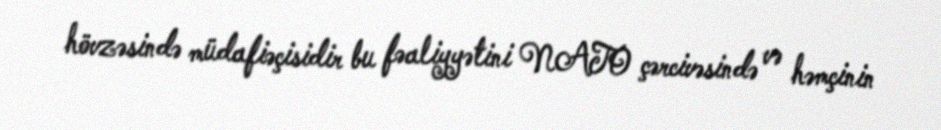
hövzəsində müdafiəçisidir bu fəaliyyətini NATO çərcivəsində və həmçinin